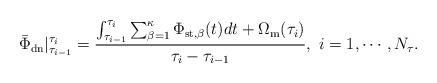
LaTeX: \begin{align*}\bar{\Phi}_{\rm{dn}}|^{\tau_{i}}_{\tau_{i-1}} = \frac{ \int_{\tau_{i-1}}^{\tau_{i}} \sum_{\beta=1}^{\kappa}\Phi_{\rm{st},\beta}(t) d t + \Omega_{\rm{m}} (\tau_{i}) }{\tau_{i}-\tau_{i-1}},~i=1,\cdots,N_\tau.\end{align*}